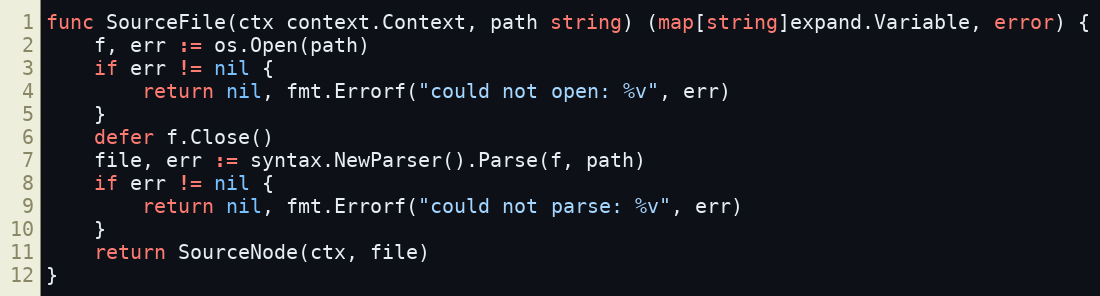
Language: Go
func SourceFile(ctx context.Context, path string) (map[string]expand.Variable, error) {
	f, err := os.Open(path)
	if err != nil {
		return nil, fmt.Errorf("could not open: %v", err)
	}
	defer f.Close()
	file, err := syntax.NewParser().Parse(f, path)
	if err != nil {
		return nil, fmt.Errorf("could not parse: %v", err)
	}
	return SourceNode(ctx, file)
}